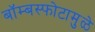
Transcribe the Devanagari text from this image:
बॉम्बस्फोटामुळे